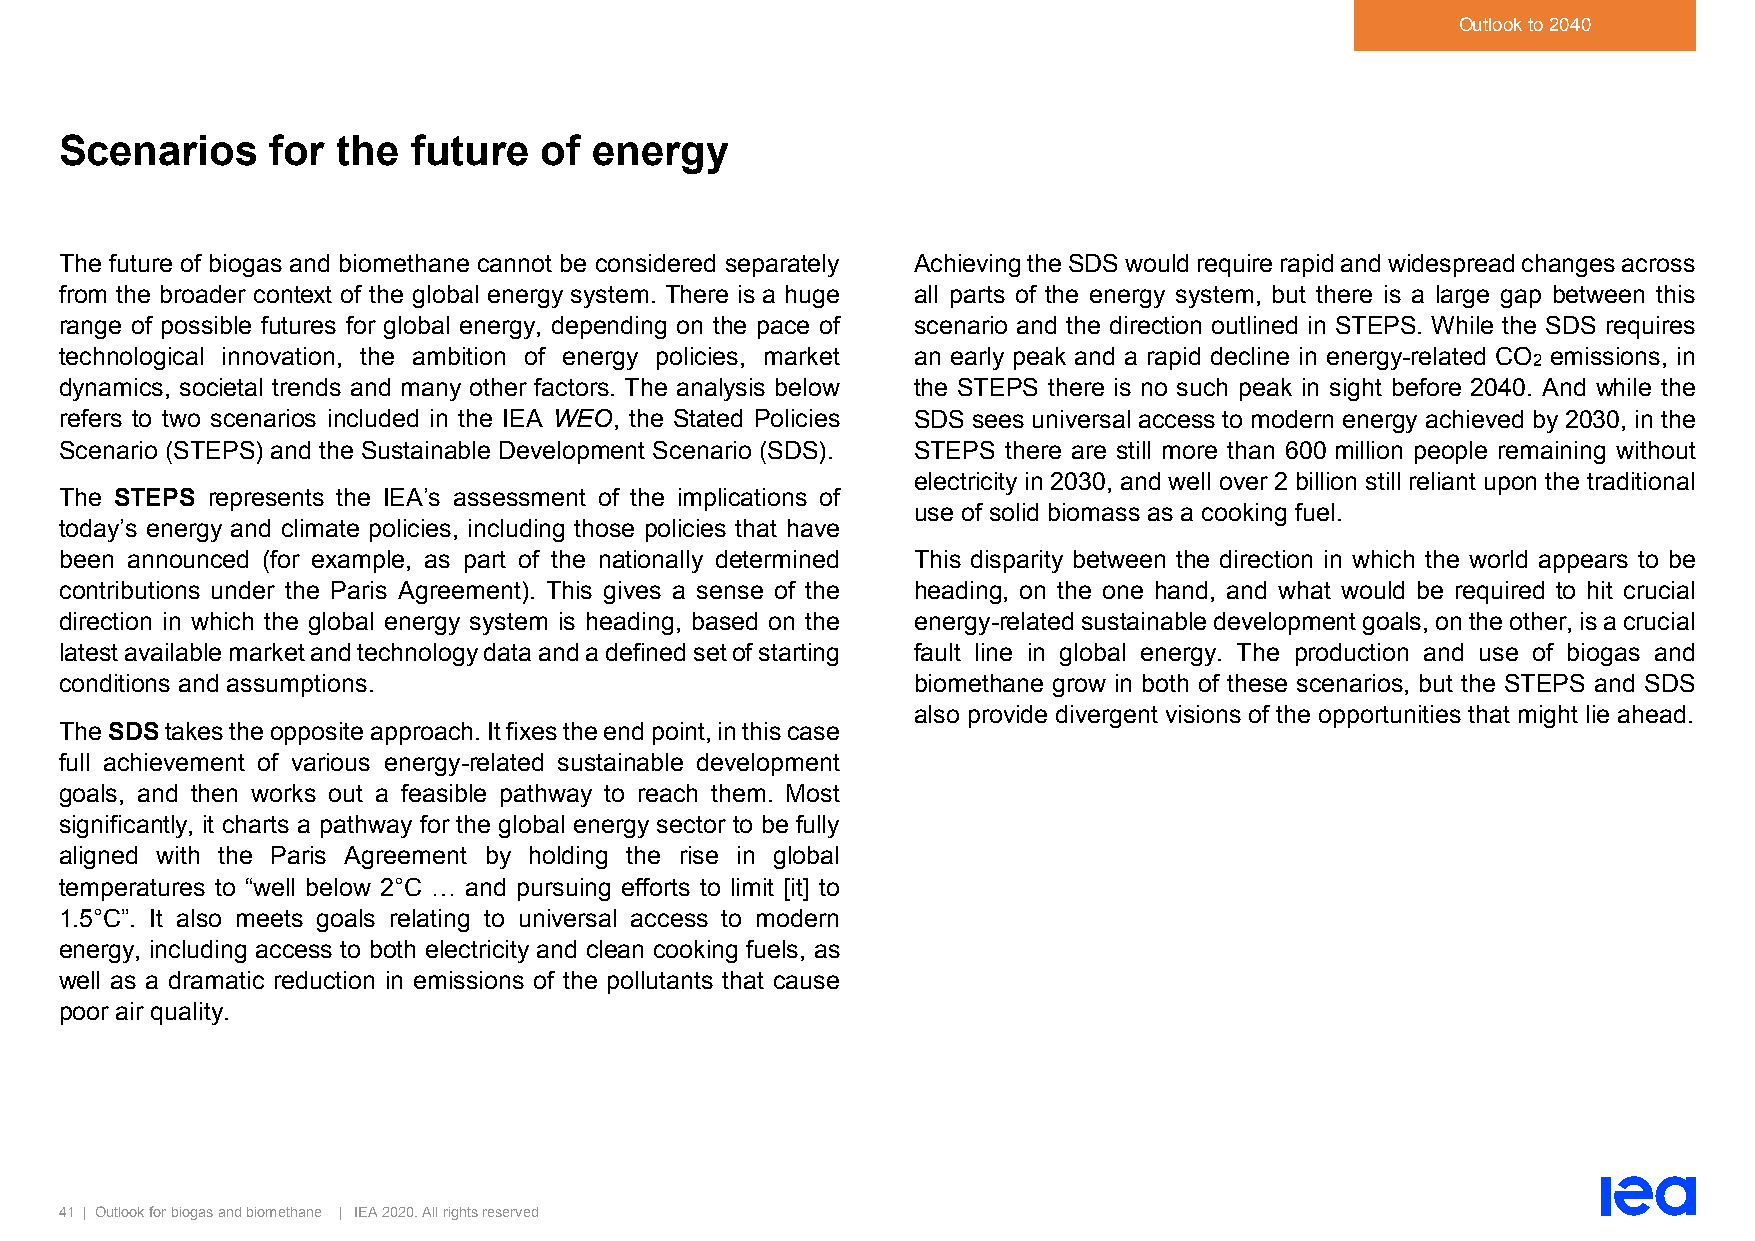
Outlook to 2040
 Scenarios     for the  future   of energy
 The future of biogas and biomethane cannot be considered separately Achieving the SDS would require rapid and widespread changes across
 from the broader context of the global energy system. There is a huge all parts of the energy system, but there is a large gap between this
 range of possible futures for global energy, depending on the pace of scenario and the direction outlined in STEPS. While the SDS requires
 technological innovation, the ambition of energy policies, market an early peak and a rapid decline in energy-related CO emissions, in
 2
 dynamics, societal trends and many other factors. The analysis below the STEPS there is no such peak in sight before 2040. And while the
 refers to two scenarios included in the IEA WEO, the Stated Policies SDS sees universal access to modern energy achieved by 2030, in the
 Scenario (STEPS) and the Sustainable Development Scenario (SDS). STEPS there are still more than 600 million people remaining without
 electricity in 2030, and well over 2 billion still reliant upon the traditional
 The STEPS represents the IEA’s assessment of the implications of
 use of solid biomass as a cooking fuel.
 today’s energy and climate policies, including those policies that have
 been announced (for example, as part of the nationally determined This disparity between the direction in which the world appears to be
 contributions under the Paris Agreement). This gives a sense of the heading, on the one hand, and what would be required to hit crucial
 direction in which the global energy system is heading, based on the energy-related sustainable development goals, on the other, is a crucial
 latest available market and technology data and a defined set of starting fault line in global energy. The production and use of biogas and
 conditions and assumptions.                             biomethane grow in both of these scenarios, but the STEPS and SDS
 also provide divergent visions of the opportunities that might lie ahead.
 The SDS takes the opposite approach. It fixes the end point, in this case
 full achievement of various energy-related sustainable development
 goals, and then works out a feasible pathway to reach them. Most
 significantly, it charts a pathway for the global energy sector to be fully
 aligned with the Paris Agreement by holding the rise in global
 temperatures to “well below 2°C … and pursuing efforts to limit [it] to
 1.5°C”. It also meets goals relating to universal access to modern
 energy, including access to both electricity and clean cooking fuels, as
 well as a dramatic reduction in emissions of the pollutants that cause
 poor air quality.
 41 | Outlook for biogas and biomethane | IEA 2020. All rights reserved